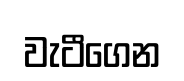
වැටීගෙන